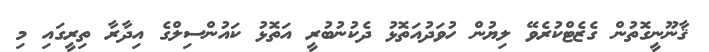
ޤާނޫނީގޮތުން ގެޒެޓްކުރެވޭ ލިޔުން ހުވަދުއަތޮޅު ދެކުނުބުރީ އަތޮޅު ކައުންސިލްގެ އިދާރާ ތިރީގައި މި